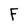
Character: f